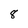
Character: 8